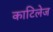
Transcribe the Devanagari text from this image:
काटिलेज